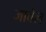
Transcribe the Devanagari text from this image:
जावेल